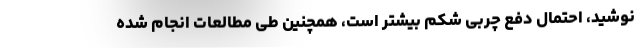
نوشید، احتمال دفع چربی شکم بیشتر است، همچنین طی مطالعات انجام شده